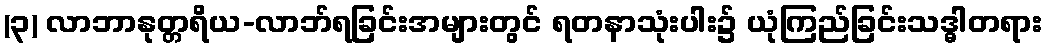
(၃) လာဘာနုတ္တရိယ-လာဘ်ရခြင်းအများတွင် ရတနာသုံးပါး၌ ယုံကြည်ခြင်းသဒ္ဓါတရား